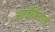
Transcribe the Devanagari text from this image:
अल्जीरियाने